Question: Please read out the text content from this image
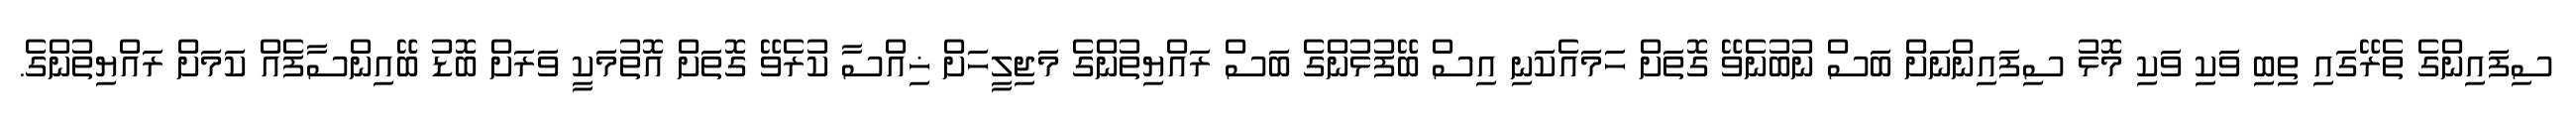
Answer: ސިފައިންގެ ތެރޭގައި ތިބި ވަކި ވަކި މޮޅު ސިފައިންނަށް ބަސް ނުބުނެވޭ ގޮތަށް ހަމައެކަނި އިސް ބޭފުޅުންގެ ބަސް ރައްޔިތުންގެ މަޖިލީހަށް ޚިއްސާ ކުރެވޭ ގޮތަށް އޮތުމަކީ ވަރަށް ބޮޑު ބޭއިންސާފެއް ކަމަށް ރައްޔިތުންގެ.